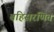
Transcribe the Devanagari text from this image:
बहिसरणित